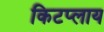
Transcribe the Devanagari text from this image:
किटप्लाय